Annual report on the health of the army in India
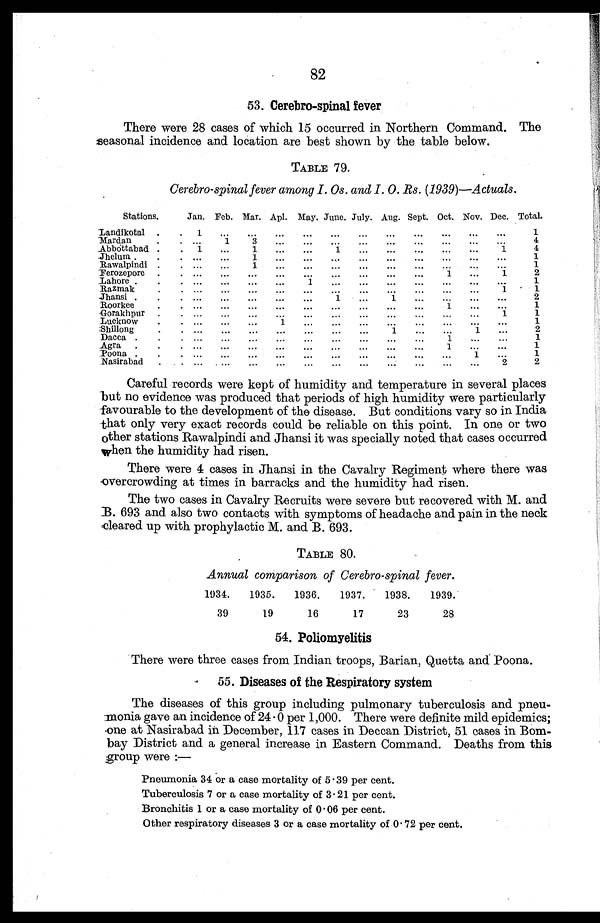
82
53. Cerebro-spinal fever
There were 28 cases of which 15 occurred in Northern Command. The
seasonal incidence and location are best shown by the table below.
TABLE 79.
Cerebro-spinal fever among I. Os. and I. O. Rs. (1939)—Actuals.
Stations.
Jan. Feb. Mar. Apl. May. June. July. Aug. Sept. Oct. Nov. Dec. Total.
Landikotal . . .
1
. . .
. . .
. . .
. . .
. . .
. . .
. . .
. . .
. . .
. . .
. . .
1
4
Mardan. . .
. . .
1
3
. . .
. . .
. . .
. . .
. . .
. . .
. . .
. . .
. . .
Abbottabad . . .
1
. . .
1
. . .
. . .
1
. . .
. . .
. . .
. . .
. . .
1
4
Jhelum . . . .
. . .
. . .
1
. . .
. . .
. . .
. . .
. . .
. . .
. . .
. . .
. . .
1
Rawalpindi . . .
. . .
. . .
1
. . .
. . .
. . .
. . .
. . .
. . .
. . .
. . .
. . .
1
Ferozepore . . .
. . .
. . .
. . .
. . .
. . .
. . .
. . .
. . .
. . .
1
. . .
1
2
Lahore . . .
. . .
. . .
. . .
. . .
1
. . .
. . .
. . .
. . .
. . .
. . .
. . .
1
Razmak. . . .
. . .
. . .
. . .
. . .
. . .
. . .
. . .
. . .
. . .
. . .
. . .
1
1
Jhansi . . .
. . .
. . .
. . .
. . .
. . .
1
. . . 1
. . .
. . .
. . .
. . .
2
Roorkee . . .
. . .
. . .
. . . .
. . .
. . .
. . .
. . .
. . .
. . .
1
. . .
. . .
1
Gorakhpur . . .
. . .
. . .
. . .
. . .
. . .
. . .
. . .
. . .
. . . .
. . .
. . .
1
1
Lucknow . . . .
. . .
. . .
. . .
1
. . .
. . .
. . .
. . .
. . .
. . .
. . .
. . .
1
Shillong . . .
. . .
...
...
...
...
...
...
...
1
...
...
1
...
2
Dacca . . .
. . .
...
...
...
. . . .
. . . .
...
. . .
...
1
...
...
1
Agra . . ..
...
...
...
...
...
...
...
...
...
1
. .
...
1
Poona . . .
. . .
. . .
. . .
. . .
. . .
. . .
. . .
. . .
. . .
. . .
. . .
. . .
1
Nasirabad . . .
. . .
. . .
. . .
. . .
. . .
. . .
. . .
. . . . . .
. . .
. . .
. . .
2
Careful records were kept of humidity and temperature in several places
but no evidence was produced that periods of high humidity were particularly
favourable to the development of the disease. But conditions vary so in India
that only very exact records could be reliable on this point. In one or two
other stations Rawalpindi and Jhansi it was specially noted that cases occurred
when the humidity had risen.
There were 4 cases in Jhansi in the Cavalry Regiment where there was
overcrowding at times in barracks and the humidity had risen.
The two cases in Cavalry Recruits were severe but recovered with M. and
B. 693 and also two contacts with symptoms of headache and pain in the neck
cleared up with prophylactic M. and B. 693.
TABLE 80.
Annual comparison of Cerebro-spinal fever.
1934.
1935.
1936.
1937.
1938.
1939.
39
19
16
17
23
28
54. Poliomyelitis
There were three cases from Indian troops, Barian, Quetta and Poona.
55. Diseases of the Respiratory system
The diseases of this group including pulmonary tuberculosis and pneu-
monia gave an incidence of 24 . 0 per 1,000. There were definite mild epidemics;
one at Nasirabad in December, 117 cases in Deccan District, 51 cases in Bom-
bay District and a general increase in Eastern Command. Deaths from this
group were :—
Pneumonia 34 or a case mortality of 5 . 39 per cent.
Tuberculosis 7 or a case mortality of 3 . 21 per cent.
Bronchitis 1 or a case mortality of 0 . 06 per cent.
Other respiratory diseases 3 or a case mortality of 0 . 72 per cent.